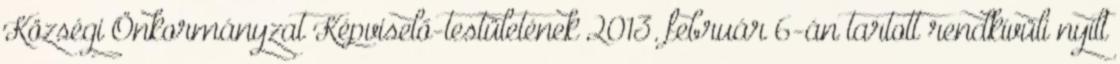
Községi Önkormányzat Képviselő-testületének 2013. február 6-án tartott rendkívüli nyílt